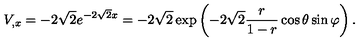
V _ { , x } = - 2 \sqrt { 2 } e ^ { - 2 \sqrt { 2 } x } = - 2 \sqrt { 2 } \exp \left( - 2 \sqrt { 2 } { \frac { r } { 1 - r } } \cos \theta \sin \varphi \right) .